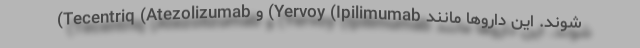
شوند. این داروها مانند Yervoy (Ipilimumab) و Tecentriq (Atezolizumab)